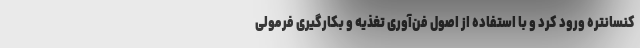
کنسانتره ورود کرد و با استفاده از اصول فن‌آوری تغذیه و بکارگیری فرمولی